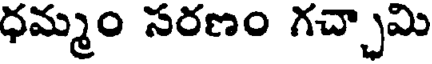
ధమ్మం సరణం గచ్చామి